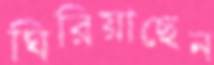
ঘিরিয়াছেন